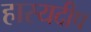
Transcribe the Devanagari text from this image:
हास्यदीप